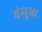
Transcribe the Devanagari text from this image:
हंसुआ